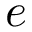
e